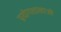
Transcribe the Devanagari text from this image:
प्रयोगशालाओ